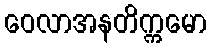
ဝေလာအနတိက္ကမော